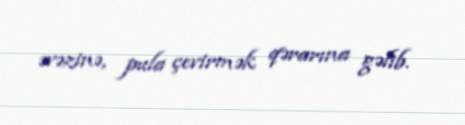
əvəzinə, pula çevirmək qərarına gəlib.